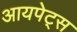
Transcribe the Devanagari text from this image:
आयपेट्स